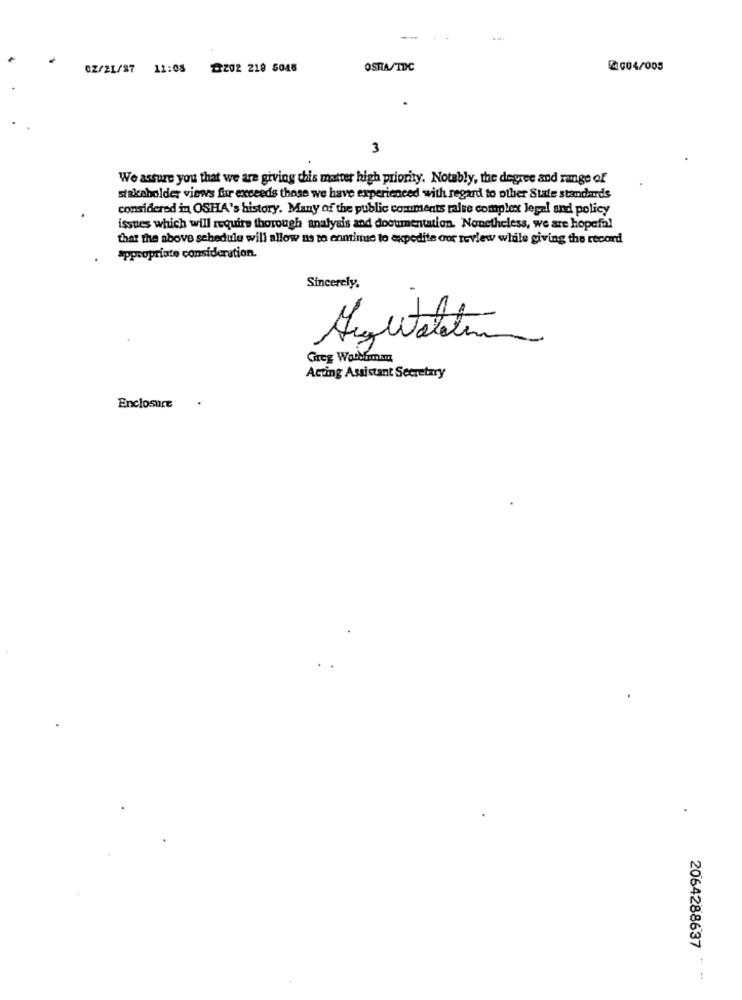
02/21/87 11:08 2202 219 5046
OSTA/TDC
2004/005
3
We assure you that we are giving this matter high priority. Notably, the degree and range of
stakeholder views fur exceeds those we have experienced with regard to other Stale standards
considered in OSHA's history. Many of the public comments raise complex legal and policy
issues which will require thorough analysis and documentation. Nonetheless, we are hopeful
that the above schedule will allow us to enminue to expedite cor review while giving the record
appropriate consideration.
Sincerely,
Greg Wordfiman
Acting Assistant Secretary
Enclosure
2064288637
: